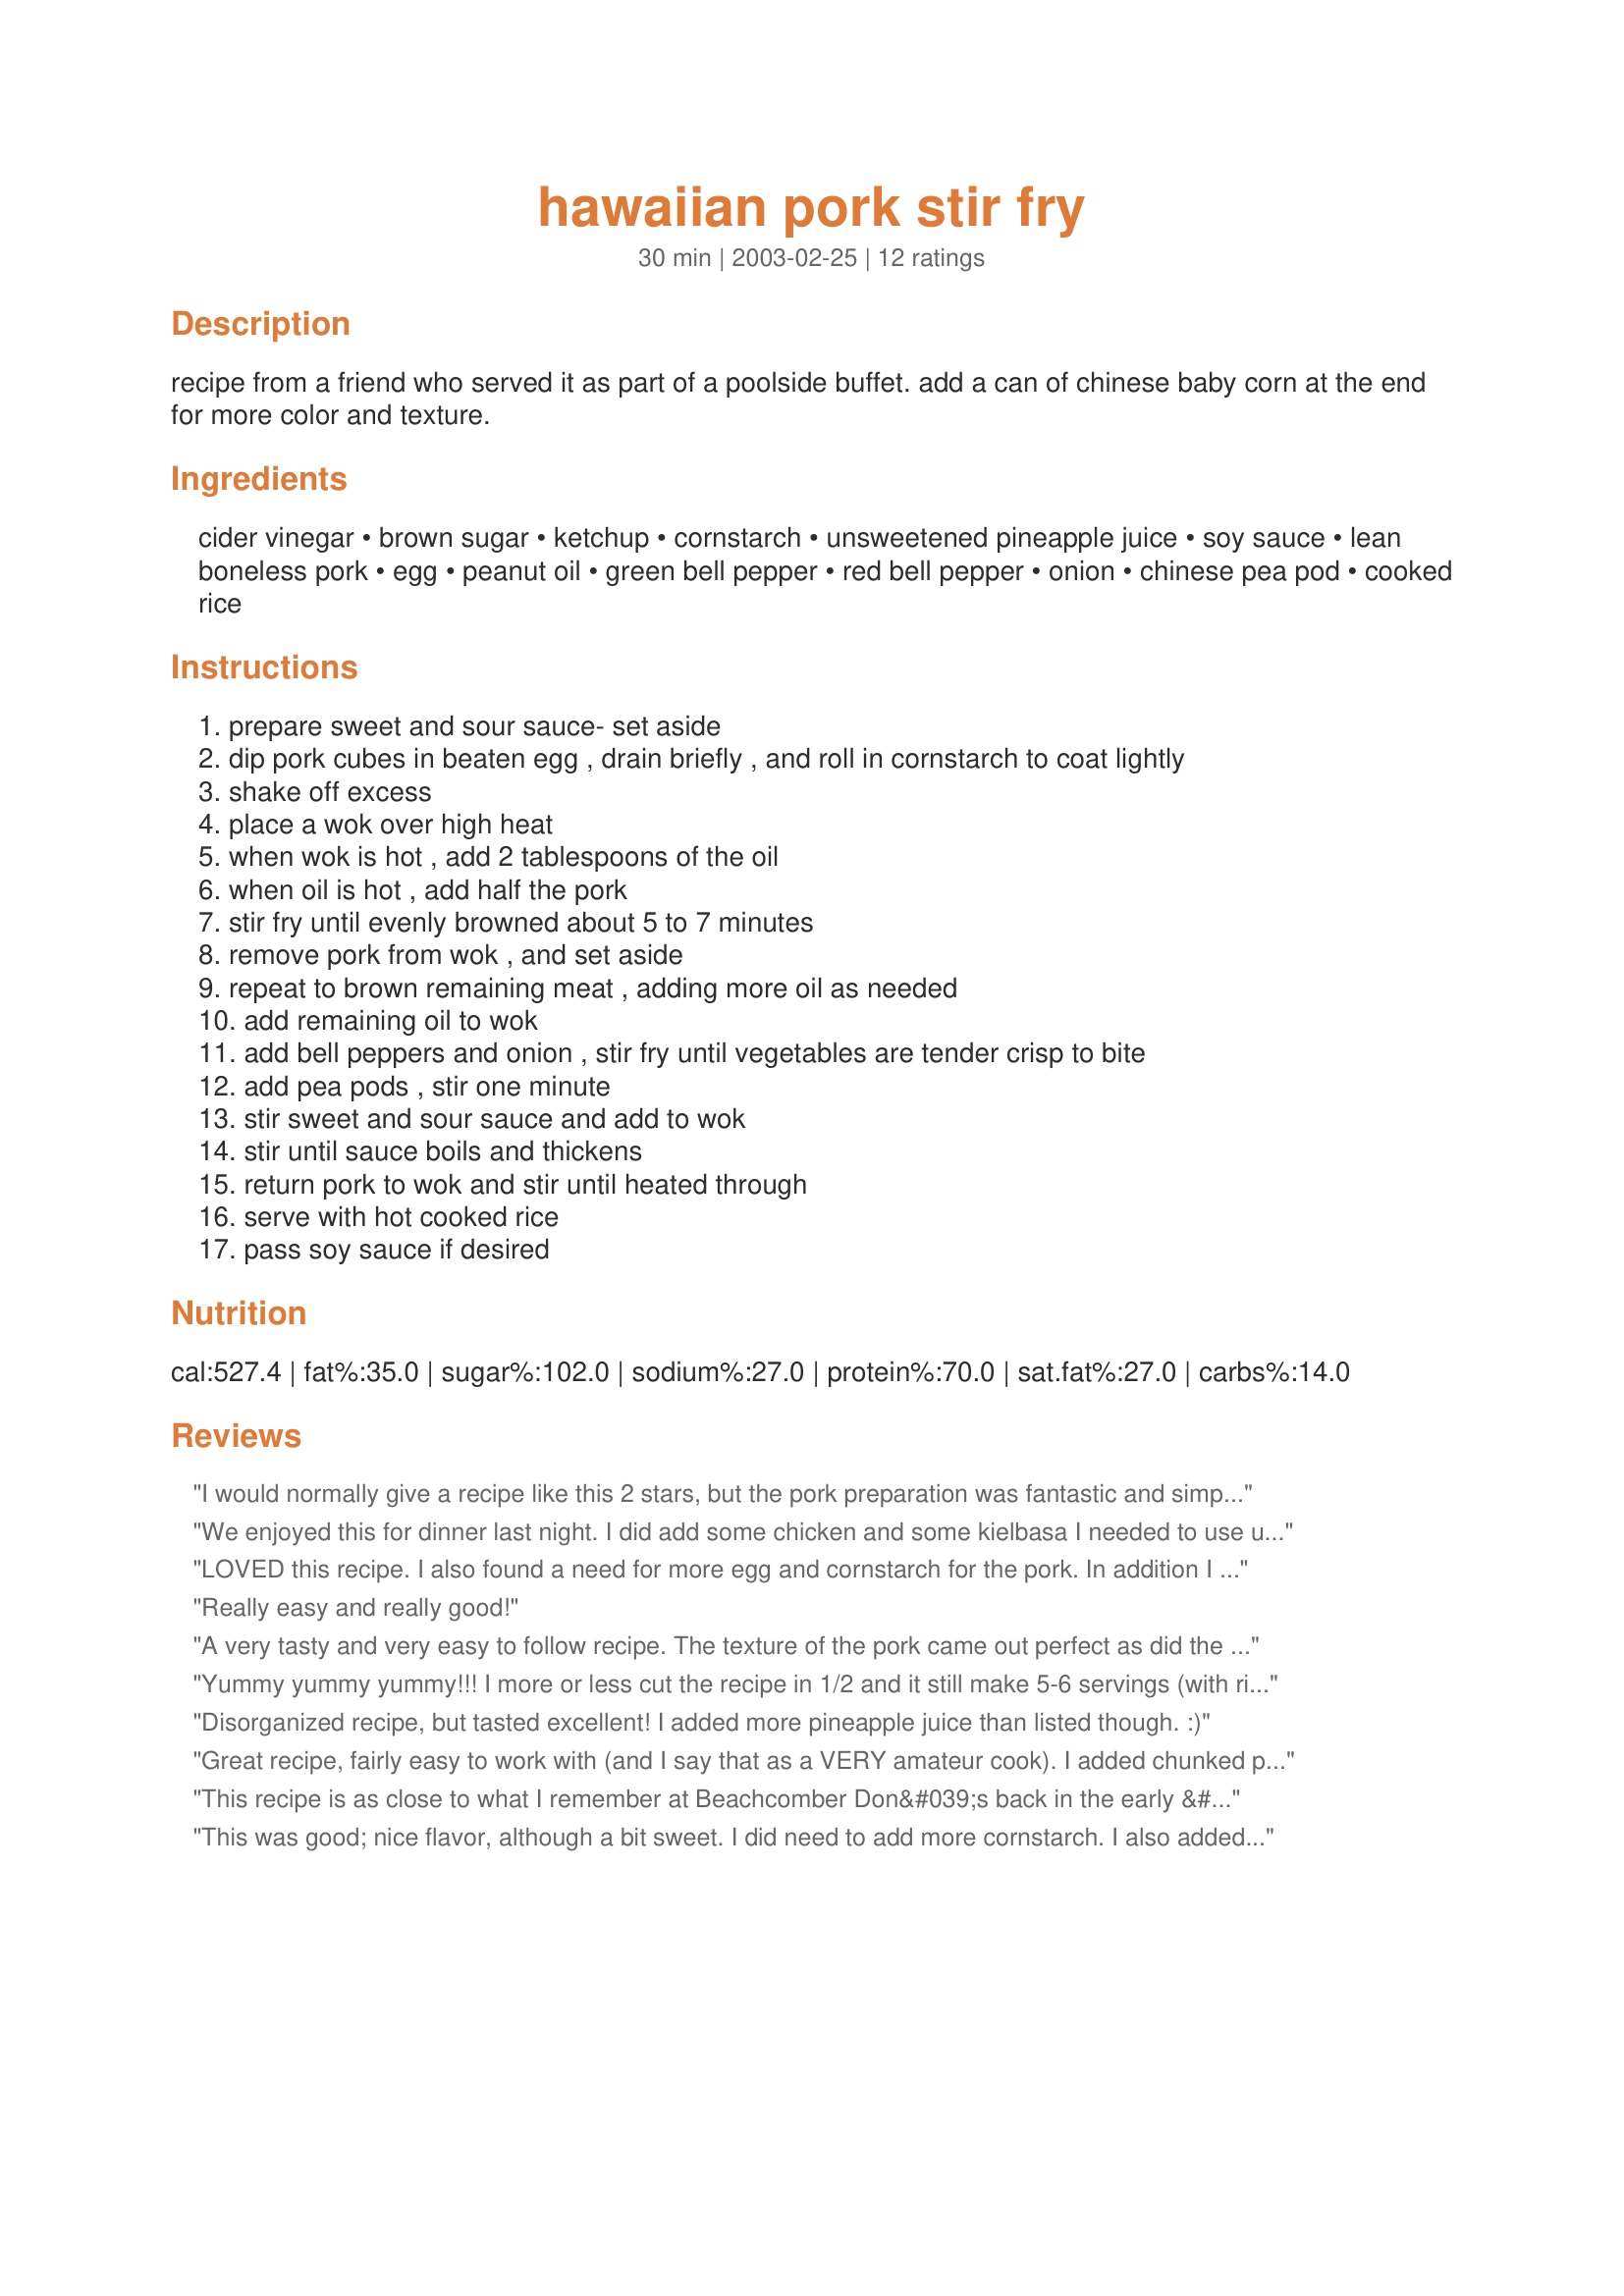
hawaiian pork stir fry
Preparation time: 30 minutes

recipe from a friend who served it as part of a poolside buffet. add a can of chinese baby corn at the end for more color and texture.

Ingredients:
cider vinegar, brown sugar, ketchup, cornstarch, unsweetened pineapple juice, soy sauce, lean boneless pork, egg, peanut oil, green bell pepper, red bell pepper, onion, chinese pea pod, cooked rice

Steps:
prepare sweet and sour sauce- set aside
dip pork cubes in beaten egg , drain briefly , and roll in cornstarch to coat lightly
shake off excess
place a wok over high heat
when wok is hot , add 2 tablespoons of the oil
when oil is hot , add half the pork
stir fry until evenly browned about 5 to 7 minutes
remove pork from wok , and set aside
repeat to brown remaining meat , adding more oil as needed
add remaining oil to wok
add bell peppers and onion , stir fry until vegetables are tender crisp to bite
add pea pods , stir one minute
stir sweet and sour sauce and add to wok
stir until sauce boils and thickens
return pork to wok and stir until heated through
serve with hot cooked rice
pass soy sauce if desired

Reviews:
I would normally give a recipe like this 2 stars, but the pork preparation was fantastic and simple so I bumped it to 3. It wasn&#039;t terrible, but the ketchup overpowered this dish (I prepared it exactly as written). I&#039;m sure the leftovers will be eaten, but I will continue searching for a go-to hawaiian pork stir-fry.
We enjoyed this for dinner last night. I did add some chicken and some kielbasa I needed to use up and had to use yellow pepper instead of red. But the proportions were great. I had plenty of egg. I added some red pepper flakes to mine and it was really good! Thanks Chef!
LOVED this recipe. I also found a need for more egg and cornstarch for the pork. In addition I added broccoli, carrots and pineapple chunks. The sweet and sour sauce was just right for my tastes. Will be adding this to my favorites. Thanks for sharing.
Really easy and really good!
A very tasty and very easy to follow recipe. The texture of the pork came out perfect as did the veggies. The only 2 things (minor points) keeping this from being a 5-star dish are: 1) it was a bit overly sweet, but that might just be my taste, so I'm going to cut back on the brown sugar next time; and 2) a bit too much corn starch over all (3/4 of a cup total) made the sauce a bit too viscous, so I'm going to just use half as much in the sauce and half again for the pork. Might also add pineapple chunks to the veggies to add a fresh, citrus element. Easy enough fixes; looking forward to making this again with the adaptations.
Yummy yummy yummy!!! I more or less cut the recipe in 1/2 and it still make 5-6 servings (with rice). I added the baby corn to mine, only to find out that DH doesn't like it. He's never had it before... How is that possible?! LOL. I also added a small can of pineapple chunks and only used green bell pepper b/c the red were unbelievably expensive at the store. He loved the sweet/sour taste of the dish. I will definitely be making this one again. Thanks for sharing. :)
Disorganized recipe, but tasted excellent! I added more pineapple juice than listed though. :)
Great recipe, fairly easy to work with (and I say that as a VERY amateur cook). I added chunked pineapple and the juice from the can to the sauce, served it over rice. My kids and my wife seemed to like it!
This recipe is as close to what I remember at Beachcomber Don&#039;s back in the early &#039;80s as I have found. I didn&#039;t alter anything - hey, otherwise it&#039;s another recipe! I will make this again, but I will make two tiny changes - I&#039;ll deep fry the pork cubes so the &quot;batter&quot; doesn&#039;t come off during cooking. And, I&#039;ll reduce the corn starch in the sauce, as it got too thick for us. Otherwise, it&#039;s just what I remember and makes me want to go back to Hawaii now! Thanks, BoxO&#039;Wine.
This was good; nice flavor, although a bit sweet. I did need to add more cornstarch. I also added the baby corn as suggested; they made a nice addition. I know the recipe was never intended to be spicy, but I can't help but think the next time I make it, I will add some crushed red pepper flakes.
Has an excellent flavor, not too sweet for being a sweet and sour dish. Is very much Polynesian in flavor rather than being like Chinese. I did have to add more oil, more egg, and more cornstarch, so somebody may want to make sure they have extra before proceeding. I served mine with steamed jasmine rice. Thanks for posting!
Lots of work and no payoff-little flavor, sauce too sweet.
